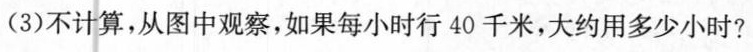
(3)不计算，从图中观察，如果每小时行40千米，大约用多少小时?